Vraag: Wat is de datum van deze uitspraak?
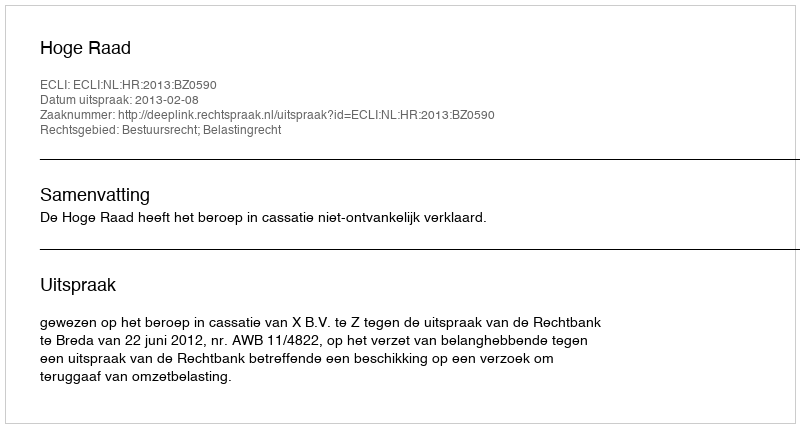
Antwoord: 2013-02-08